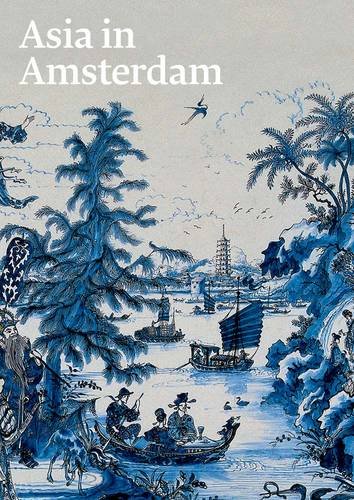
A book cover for Asia in Amsterdam: The Culture of Luxury in the Golden Age; Arts & Photography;